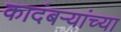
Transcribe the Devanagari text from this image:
कादंबऱ्यांच्या